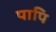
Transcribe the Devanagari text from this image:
पापि